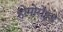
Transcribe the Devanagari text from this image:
होमोरोइड